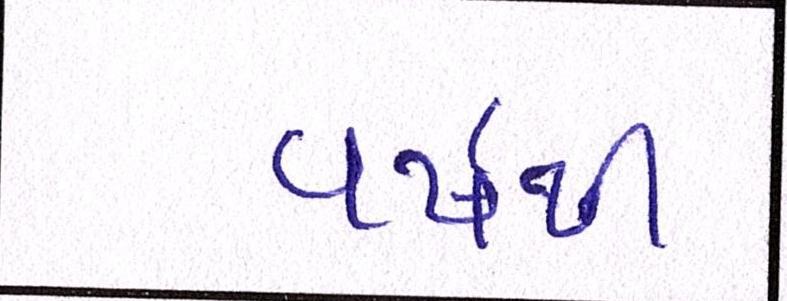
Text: વર્ષથી